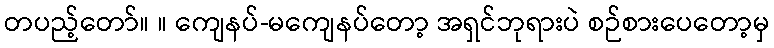
တပည့်တော်။ ။ ကျေနပ်-မကျေနပ်တော့ အရှင်ဘုရားပဲ စဉ်စားပေတော့မှ